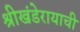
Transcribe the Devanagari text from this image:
श्रीखंडेरायाची